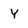
Character: Y